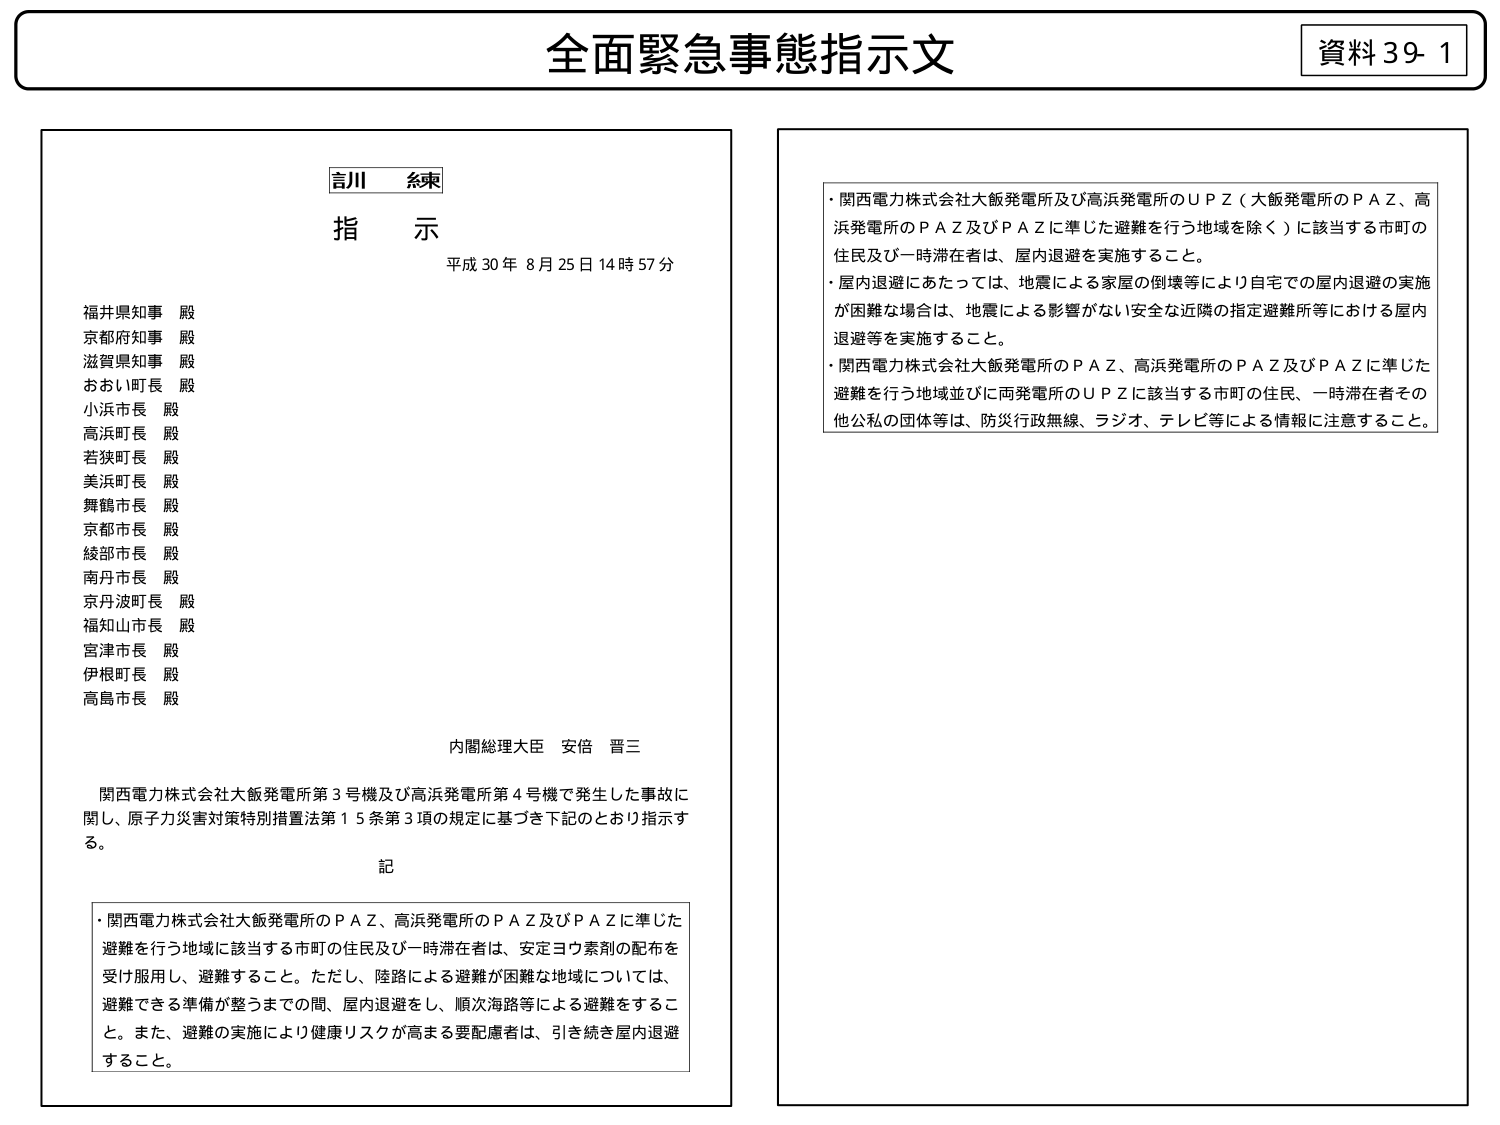
全面緊急事態指示文

資料39-1

言川 糸束

指示

平成30年8月25日14時57分

福井県知事 殿
京都府知事 殿
滋賀県知事 殿
おおい町長 殿
小浜市長 殿
高浜町長 殿
若狭町長 殿
美浜町長 殿
舞鶴市長 殿
京都市長 殿
綾部市長 殿
南丹市長 殿
京丹波町長 殿
福知山市長 殿
宮津市長 殿
伊根町長 殿
高島市長 殿

内閣総理大臣 安倍 晋三

関西電力株式会社大飯発電所第3号機及び高浜発電所第4号機で発生した事故に
関し、原子力災害対策特別措置法第15条第3項の規定に基づき下記のとおり指示す
る。

記

・関西電力株式会社大飯発電所のＰＡＺ、高浜発電所のＰＡＺ及びＰＡＺに準じた
避難を行う地域に該当する市町の住民及び一時滞在者は、安定ヨウ素剤の配布を
受け服用し、避難すること。ただし、陸路による避難が困難な地域については、
避難できる準備が整うまでの間、屋内退避をし、順次海路等による避難をすること。
また、避難の実施により健康リスクが高まる要配慮者は、引き続き屋内退避
すること。

・関西電力株式会社大飯発電所及び高浜発電所のＵＰＺ（大飯発電所のＰＡＺ、高
浜発電所のＰＡＺ及びＰＡＺに準じた避難を行う地域を除く）に該当する市町の
住民及び一時滞在者は、屋内退避を実施すること。

・屋内退避にあたっては、地震による家屋の倒壊等により自宅での屋内退避の実施
が困難な場合は、地震による影響がない安全な近隣の指定避難所等における屋内
退避等を実施すること。

・関西電力株式会社大飯発電所のＰＡＺ、高浜発電所のＰＡＺ及びＰＡＺに準じた
避難を行う地域並びに両発電所のＵＰＺに該当する市町の住民、一時滞在者その
他公私の団体等は、防災行政無線、ラジオ、テレビ等による情報に注意すること。